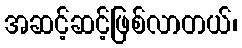
အဆင့်ဆင့်ဖြစ်လာတယ်၊